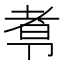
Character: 𰆑